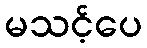
မသင့်ပေ